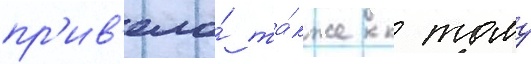
пр'ив'ело́ та́кже к тому